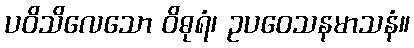
ပဝိသိလေသော ဝိဓုရံ၊ ဥပဝေသနမာသနံ။